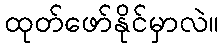
ထုတ်ဖော်နိုင်မှာလဲ။